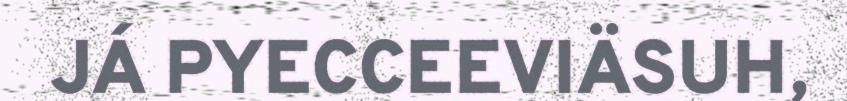
JÁ PYECCEEVIÄSUH,